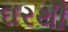
ઘરથી